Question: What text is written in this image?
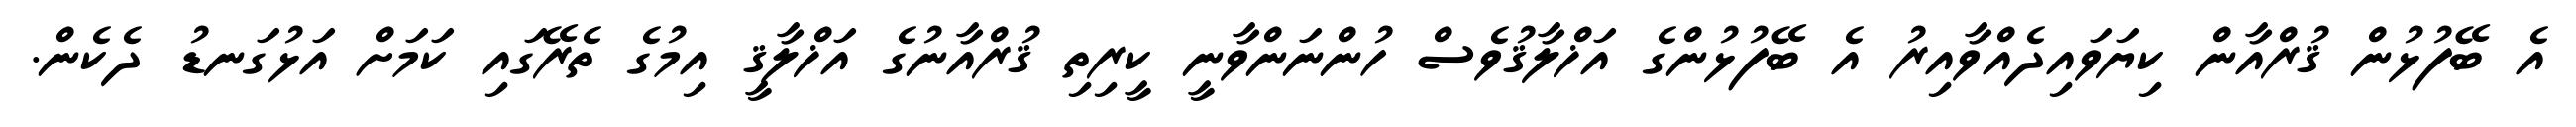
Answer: އެ ބޭފުޅުން ޤުރްއާން ކިޔަވައިދެއްވާއިރު އެ ބޭފުޅުންގެ އަޚްލާޤުވެސް ހުންނަންވާނީ ކީރިތި ޤުރްއާނުގެ އަޚްލާޤީ އިމުގެ ތެރޭގައި ކަމަށް އަޅުގަނޑު ދެކެން.